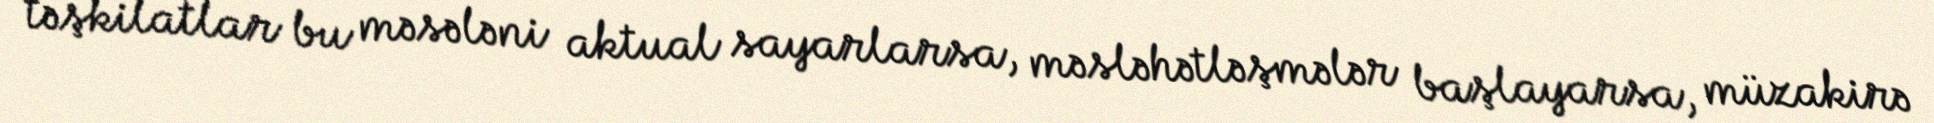
təşkilatlar bu məsələni aktual sayarlarsa, məsləhətləşmələr başlayarsa, müzakirə